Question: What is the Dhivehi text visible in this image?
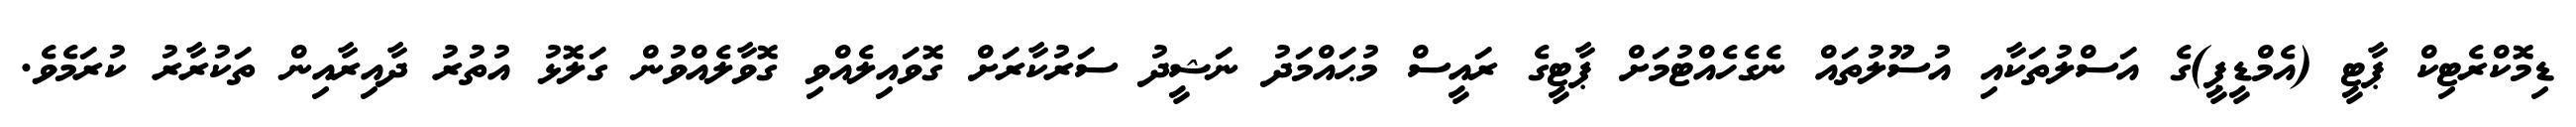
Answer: ޑިމޮކްރެޓިކް ޕާޓީ (އެމްޑީޕީ)ގެ އަސްލުތަކާއި އުސޫލުތައް ނެގެހެއްޓުމަށް ޕާޓީގެ ރައީސް މުޙައްމަދު ނަޝީދު ސަރުކާރަށް ގޮވައިލެއްވި ގޮވާލެއްވުން ގަލޮޅު އުތުރު ދާއިރާއިން ތަކުރާރު ކުރަމެވެ.